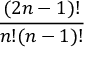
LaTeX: \frac { ( 2 n - 1 ) ! } { n ! ( n - 1 ) ! }